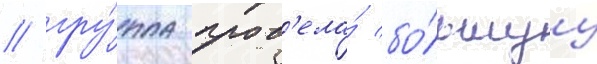
/ гру́ппа пров'ела́ бо́льшуу